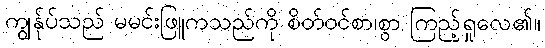
ကျွန်ုပ်သည် မမင်းဖြူကသည်ကို စိတ်ဝင်စာ၊စွာ ကြည့်ရှုလေ၏။